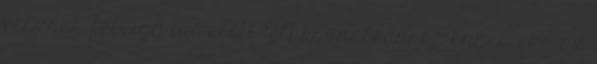
vesznek fel, így idő előtt "elhasználódnak". Ennek oka az